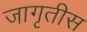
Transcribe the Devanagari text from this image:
जागृतीस